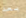
بعد